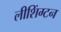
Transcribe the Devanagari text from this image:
लीशिंग्टन